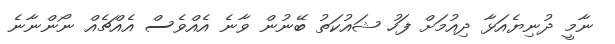
ނާމީ ދުނިޔެއަޅާ ދިއުމަށް ފަހު ޝައުކަތު ބޭނުން ވާނެ އެއްވެސް އެއްޗެއް ނޯންނާނެ